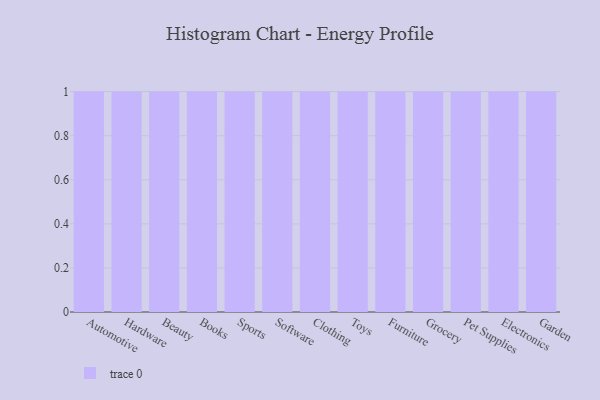
{"axis": {"x": "Category", "y": "Revenue (USD Million)"}, "legend": [""], "data": [{"x": "Automotive", "y": 26, "type": ""}, {"x": "Hardware", "y": 67, "type": ""}, {"x": "Beauty", "y": 36, "type": ""}, {"x": "Books", "y": 81, "type": ""}, {"x": "Sports", "y": 88, "type": ""}, {"x": "Software", "y": 68, "type": ""}, {"x": "Clothing", "y": 74, "type": ""}, {"x": "Toys", "y": 31, "type": ""}, {"x": "Furniture", "y": 16, "type": ""}, {"x": "Grocery", "y": 82, "type": ""}, {"x": "Pet Supplies", "y": 27, "type": ""}, {"x": "Electronics", "y": 22, "type": ""}, {"x": "Garden", "y": 58, "type": ""}]}